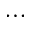
\cdots